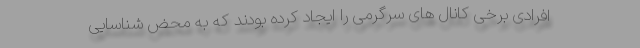
افرادی برخی کانال های سرگرمی را ایجاد کرده بودند که به محض شناسایی